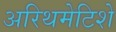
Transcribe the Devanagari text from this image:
अरिथमेटिशे